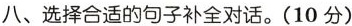
八、选择合适的句子补全对话。(10 分)